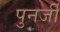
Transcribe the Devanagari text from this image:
पुनर्जी